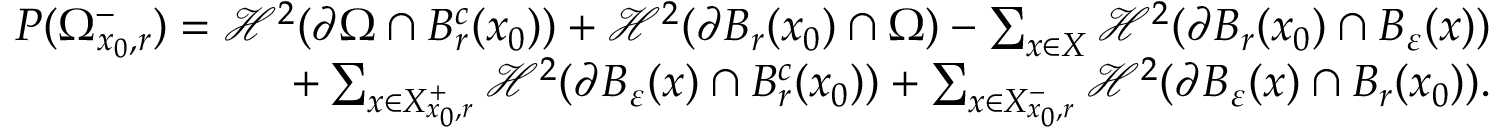
\begin{array} { r } { P ( \Omega _ { x _ { 0 } , r } ^ { - } ) = \mathcal H ^ { 2 } ( \partial \Omega \cap B _ { r } ^ { c } ( x _ { 0 } ) ) + \mathcal H ^ { 2 } ( \partial B _ { r } ( x _ { 0 } ) \cap \Omega ) - \sum _ { x \in X } \mathcal H ^ { 2 } ( \partial B _ { r } ( x _ { 0 } ) \cap B _ { \varepsilon } ( x ) ) } \\ { + \sum _ { x \in X _ { x _ { 0 } , r } ^ { + } } \mathcal H ^ { 2 } ( \partial B _ { \varepsilon } ( x ) \cap B _ { r } ^ { c } ( x _ { 0 } ) ) + \sum _ { x \in X _ { x _ { 0 } , r } ^ { - } } \mathcal H ^ { 2 } ( \partial B _ { \varepsilon } ( x ) \cap B _ { r } ( x _ { 0 } ) ) . } \end{array}